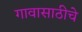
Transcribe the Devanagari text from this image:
गावासाठीचे